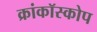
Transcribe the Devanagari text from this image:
क्रांकॉस्कोप